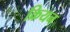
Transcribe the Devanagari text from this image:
क्रियन